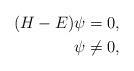
LaTeX: \begin{align*}(H-E)\psi & = 0,\\\psi & \neq 0,\end{align*}